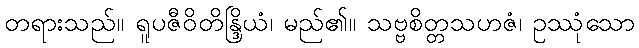
တရားသည်။ ရူပဇီဝိတိန္ဒြိယံ၊ မည်၏။ သဗ္ဗစိတ္တသဟဇံ၊ ဥဿုံသော